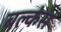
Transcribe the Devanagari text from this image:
बल्कंस